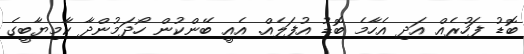
ބޮޑު ފަހުރެއް އަދި އެހާމެ ބޮޑު އުފަލެއް. އެއީ ބޭންކުން ހޯދަމުންދާ ކާމިޔާބީގެ